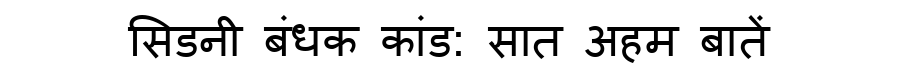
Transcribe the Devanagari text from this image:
सिडनी बंधक कांड: सात अहम बातें